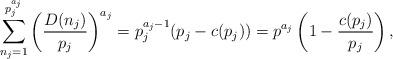
LaTeX: \begin{align*}\sum_{n_j=1}^{p_{j}^{a_j}}\left(\frac{D(n_j)}{p_j}\right)^{a_j}=p_j^{a_j-1}(p_{j}-c(p_{j}))=p^{a_j}\left( 1-\frac{c(p_j)}{p_j} \right),\end{align*}